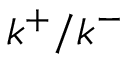
k ^ { + } / k ^ { - }